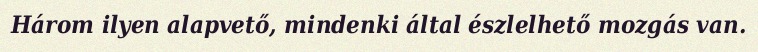
Három ilyen alapvető, mindenki által észlelhető mozgás van.